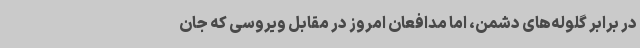
در برابر گلوله‌های دشمن، اما مدافعان امروز در مقابل ویروسی که جان